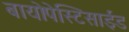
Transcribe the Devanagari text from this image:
बायोपेस्टिसाईड